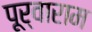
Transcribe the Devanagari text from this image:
पूर्वाराम